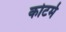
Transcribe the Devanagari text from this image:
कोटर्म